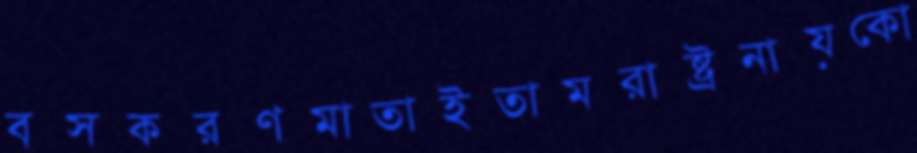
বসকরণমাতাইতামরাষ্ট্রনায়কো